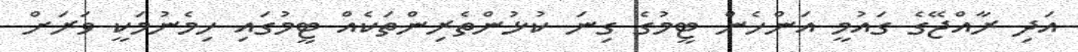
އަދި ރާއްޖޭގެ ގައުމީ އަންހެން ޓީމުގެ ގިނަ ކުޅުންތެރިންތަކެއް ޓީމުގައި ހިމެނުމަކީ ވަރަށް